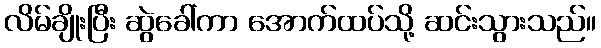
လိမ်ချိုးပြီး ဆွဲခေါ်ကာ အောက်ထပ်သို့ ဆင်းသွားသည်။